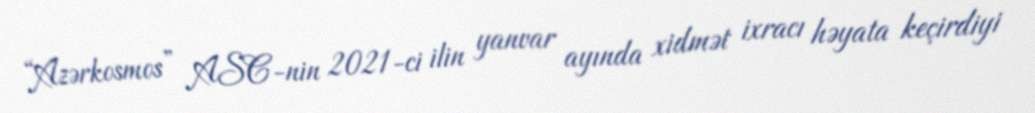
“Azərkosmos” ASC-nin 2021-ci ilin yanvar ayında xidmət ixracı həyata keçirdiyi